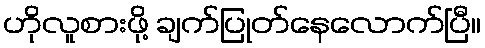
ဟိုလူစားဖို့ ချက်ပြုတ်နေလောက်ပြီ။